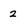
Character: 2